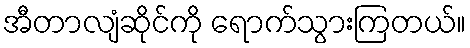
အီတာလျံဆိုင်ကို ရောက်သွားကြတယ်။